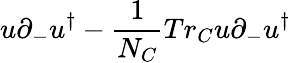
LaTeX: u\partial_{-}u^{\dagger}-{\frac{1}{N_{C}}}Tr_{C}u\partial_{-}u^{\dagger}